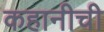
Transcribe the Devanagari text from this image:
कहानीची